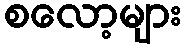
စလော့များ